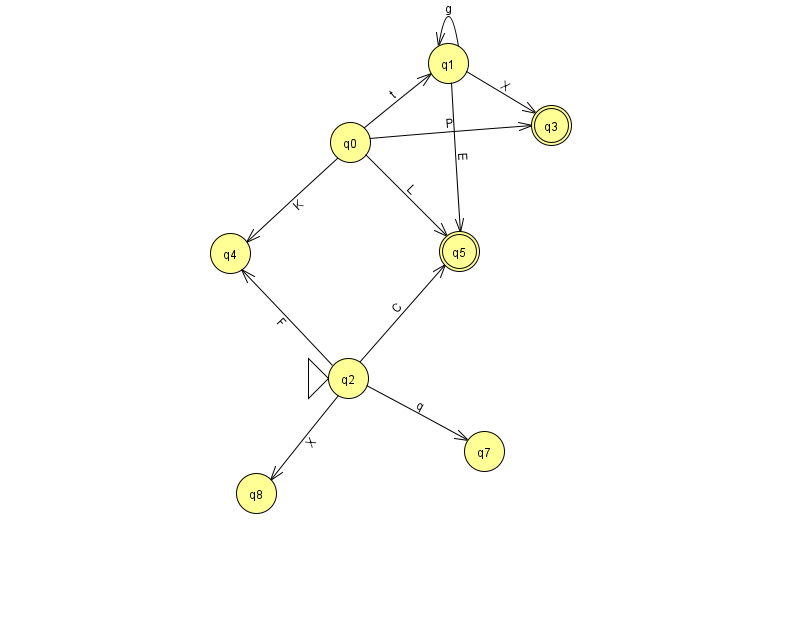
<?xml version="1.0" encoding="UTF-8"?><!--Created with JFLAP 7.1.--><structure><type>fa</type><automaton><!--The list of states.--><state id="0" name="q0"><x>350.0</x><y>129.0</y></state><state id="1" name="q1"><x>448.0</x><y>50.0</y></state><state id="2" name="q2"><x>348.0</x><y>365.0</y><initial/></state><state id="3" name="q3"><x>551.0</x><y>112.0</y><final/></state><state id="4" name="q4"><x>230.0</x><y>240.0</y></state><state id="5" name="q5"><x>459.0</x><y>238.0</y><final/></state><state id="7" name="q7"><x>484.0</x><y>438.0</y></state><state id="8" name="q8"><x>256.0</x><y>480.0</y></state><!--The list of transitions.--><transition><from>2</from><to>8</to><read>X</read></transition><transition><from>0</from><to>1</to><read>t</read></transition><transition><from>2</from><to>4</to><read>F</read></transition><transition><from>2</from><to>7</to><read>q</read></transition><transition><from>1</from><to>3</to><read>X</read></transition><transition><from>0</from><to>5</to><read>L</read></transition><transition><from>1</from><to>1</to><read>g</read></transition><transition><from>0</from><to>3</to><read>P</read></transition><transition><from>1</from><to>5</to><read>E</read></transition><transition><from>2</from><to>5</to><read>C</read></transition><transition><from>0</from><to>4</to><read>K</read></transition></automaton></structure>